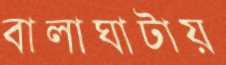
বালাঘাটায়